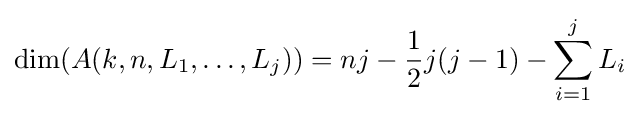
{\text{dim}}(A(k,n,L_{1},\dots ,L_{j}))=nj-{\frac {1}{2}}j(j-1)-\sum _{i=1}^{j}L_{i}